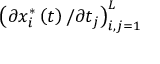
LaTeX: \left( \partial x _ { i } ^ { \ast } \left( t \right) / \partial t _ { j } \right) _ { i , j = 1 } ^ { L }